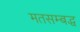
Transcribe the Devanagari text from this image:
मतसम्बद्ध